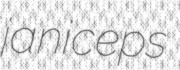
janiceps